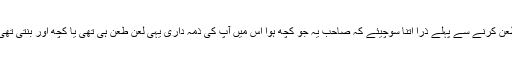
زن مرید اسمبلی یا کسی عورت کو سر عام فاحشہ کہنا آپ کو زیب نہیں دیتا تھا دوسروں کو لعن طعن کرنے سے پہلے ذرا اتنا سوچیئے کہ صاحب یہ جو کچھ ہوا اس میں آپ کی ذمہ داری یہی لعن طعن ہی تھی یا کچھ اور بنتی تھی آپ کا کام کچھ اورتھا حضور کھنگا لیے تو سہی کہ کیا آپ نے اپنا وہ کام سر انجام دیا کہ نہیں ؟